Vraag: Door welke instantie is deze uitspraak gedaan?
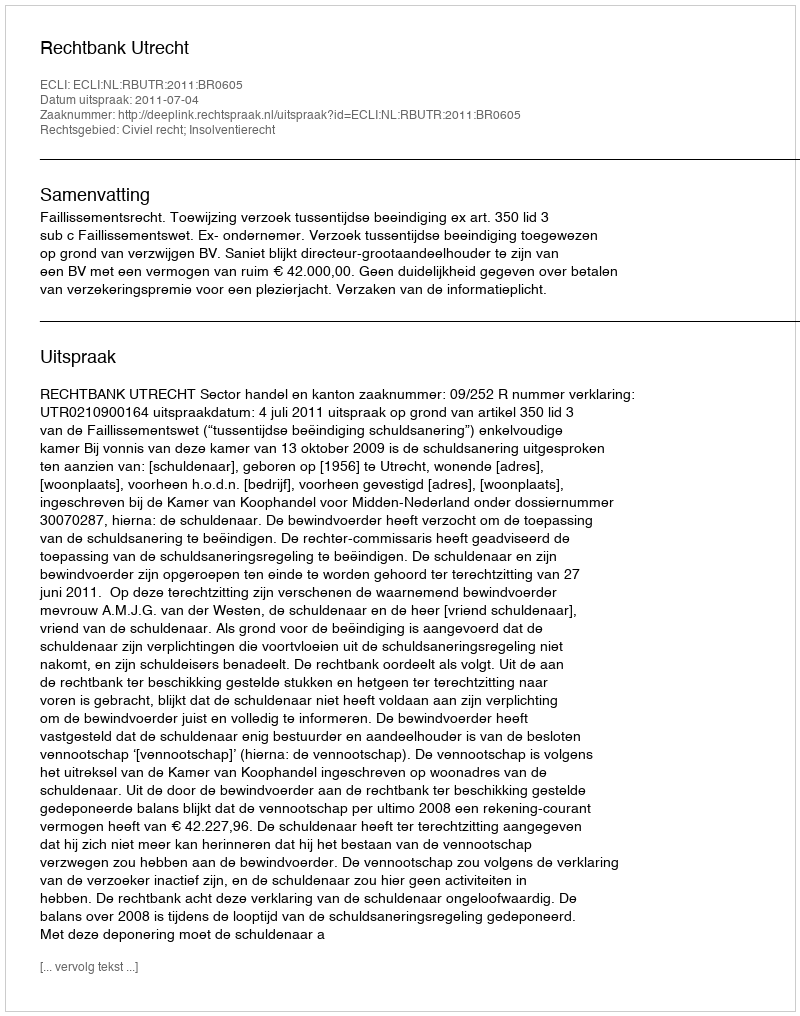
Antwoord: Rechtbank Utrecht